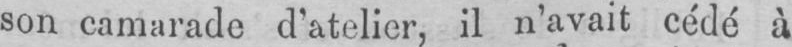
son camarade d’atelier, il n’avait cédé à